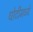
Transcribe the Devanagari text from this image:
धोटीमध्ये